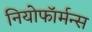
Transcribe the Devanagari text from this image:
नियोफॉर्मन्स